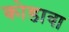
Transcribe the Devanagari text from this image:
कोडावा